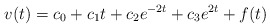
\begin{align*}v(t)=c_0+c_1 t+c_2 e^{-2t}+c_3 e^{2t} + f(t)\end{align*}